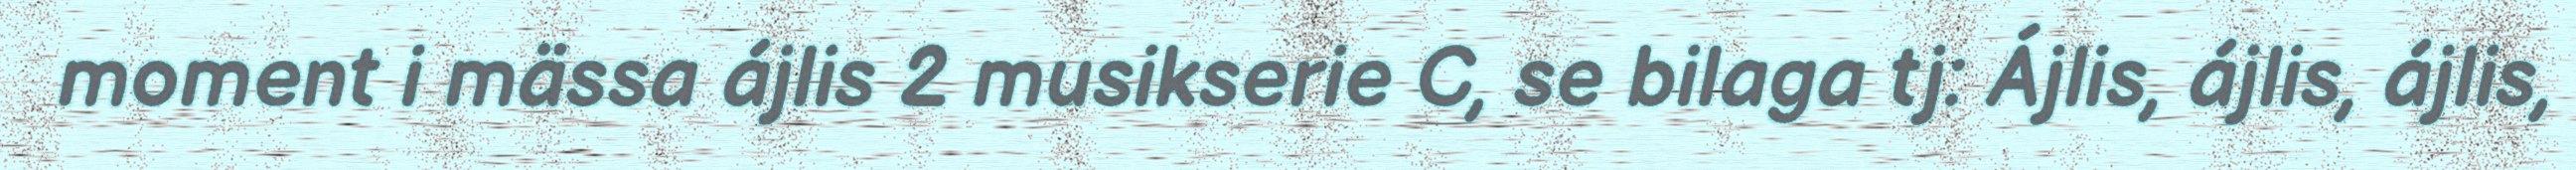
moment i mässa ájlis 2 musikserie C, se bilaga tj: Ájlis, ájlis, ájlis,